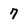
Character: 7